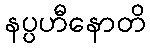
နပ္ပဟီနောတိ